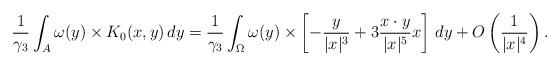
LaTeX: \begin{align*}{1\over \gamma_3} \int_A \omega(y) \times K_0(x, y) \, dy = {1\over \gamma_3} \int_\Omega \omega(y) \times \left[ -{y\over |x|^3} + 3{x\cdot y\over |x|^5} x \right] \, dy + O\left( {1\over |x|^4} \right). \end{align*}